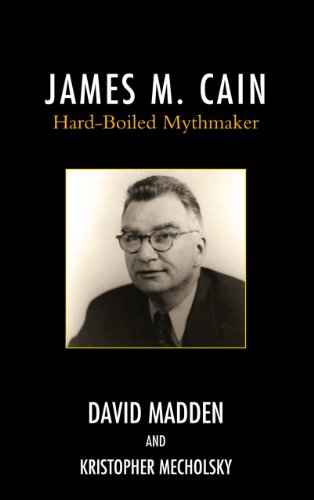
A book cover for James M. Cain: Hard-Boiled Mythmaker; David Madden; Mystery, Thriller & Suspense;